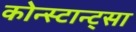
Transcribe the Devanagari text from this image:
कोन्स्टान्ट्सा